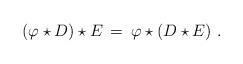
LaTeX: \begin{align*}(\varphi \star D)\star E \,=\, \varphi \star (D \star E) \ .\end{align*}